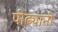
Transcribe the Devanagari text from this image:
पीढ्यांनी